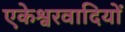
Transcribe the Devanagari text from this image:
एकेश्वरवादियों